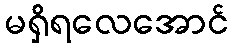
မရှိရလေအောင်